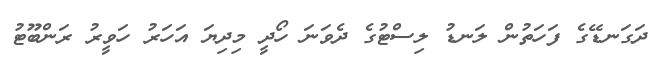
ދަގަނޑޭގެ ފަހަތުން ލަނޑު ލިސްޓުގެ ދެވަނަ ހޯދީ މިދިޔަ އަހަރު ހަވީރު ރަންބޫޓު